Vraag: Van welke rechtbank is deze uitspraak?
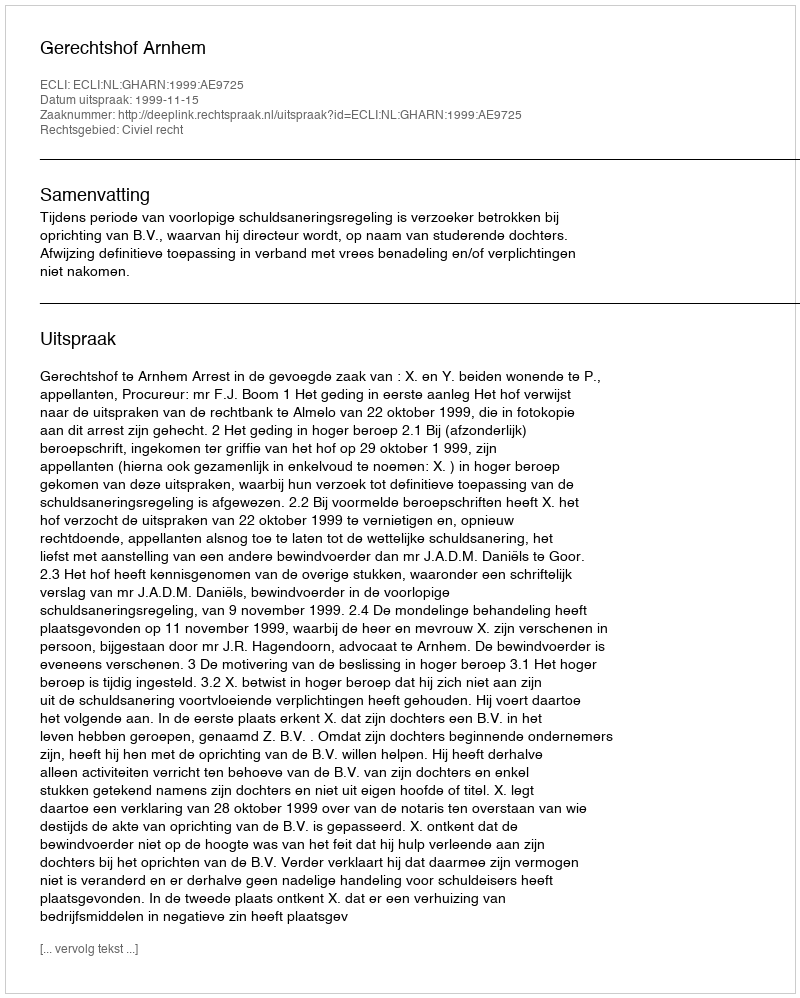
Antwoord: Gerechtshof Arnhem